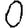
Digit: 0